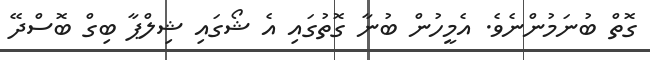
ގޮތް ބުނަމުންނެވެ. އެމީހުން ބުނާ ގޮތުގައި އެ ޝޯގައި ޝިލްޕާ ބިގް ބޮސްދޭ